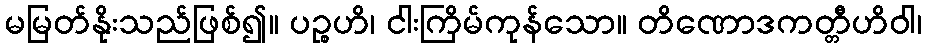
မမြတ်နိုးသည်ဖြစ်၍။ ပဉ္စဟိ၊ ငါးကြိမ်ကုန်သော။ တိဏောဒကတ္တီဟိဝါ၊